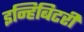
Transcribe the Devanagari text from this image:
इन्हिबिटरी